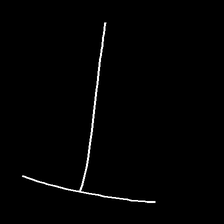
Glyph: column